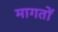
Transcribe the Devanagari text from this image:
मागतों